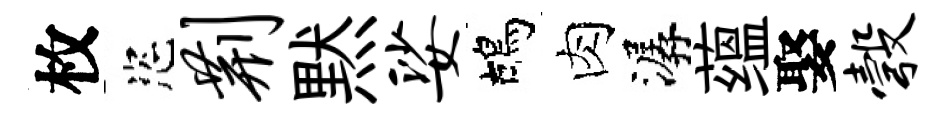
枚恣荆黙娑鴣肉潺蕴娶彀